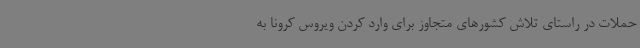
حملات در راستای تلاش کشورهای متجاوز برای وارد کردن ویروس کرونا به